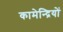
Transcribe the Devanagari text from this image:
कामेन्द्रियों